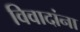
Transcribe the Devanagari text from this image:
विवादांना